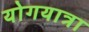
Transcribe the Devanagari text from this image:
योगयात्रा